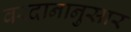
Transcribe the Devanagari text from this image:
वरदानानुसार